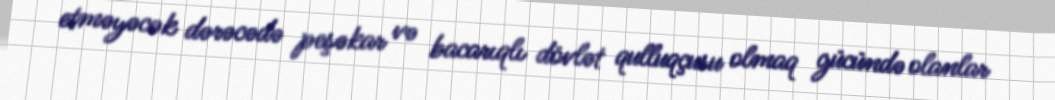
etməyəcək dərəcədə peşəkar və bacarıqlı dövlət qulluqçusu olmaq gücündə olanlar